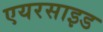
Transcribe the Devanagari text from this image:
एयरसाइड